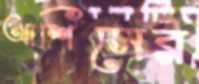
আশিসের